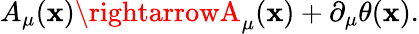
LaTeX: A_{\mu}(\mathbf{x})\rightarrowA_{\mu}(\mathbf{x})+\partial_{\mu}\theta(\mathbf{x}).